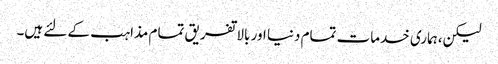
لیکن،ہماری خدمات تمام دنیا اور بالا تفریق تمام مذاہب کے لئے ہیں۔